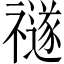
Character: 禭